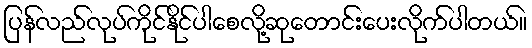
ပြန်လည်လုပ်ကိုင်နိုင်ပါစေလို့ဆုတောင်းပေးလိုက်ပါတယ်။